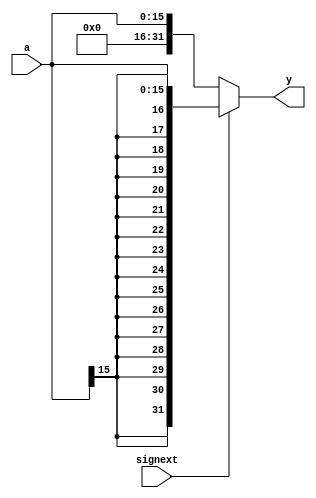
module sign_zero_ext(input      [15:0] a,\n                     input             signext,\n                     output reg [31:0] y);\n\n   always @(*)\n\tbegin\n\t   if (signext)  y <= {{16{a[15]}}, a[15:0]};\n\t   else          y <= {16'b0, a[15:0]};\n\tend\n\nendmodule
module flopr #(parameter WIDTH = 8)\n              (input                  clk, reset,\n               input                  enable,\n               input [WIDTH-1:0]      d,\n               output reg [WIDTH-1:0] q);\n\n   always @(posedge clk, posedge reset)\n     if (reset) q <= #`mydelay 0;\n     else\n       begin\n          if (enable) q <= #`mydelay d;\n       end\n\nendmodule
module flopenr #(parameter WIDTH = 8)\n                (input                  clk, reset,\n                 input                  en,\n                 input      [WIDTH-1:0] d,\n                 output reg [WIDTH-1:0] q);\n\n  always @(posedge clk, posedge reset)\n    if      (reset) q <= #`mydelay 0;\n    else if (en)    q <= #`mydelay d;\n\nendmodule
module mux2 #(parameter WIDTH = 8)\n             (input  [WIDTH-1:0] d0, d1,\n              input              s,\n              output [WIDTH-1:0] y);\n\n  assign #`mydelay y = s ? d1 : d0;\n\nendmodule